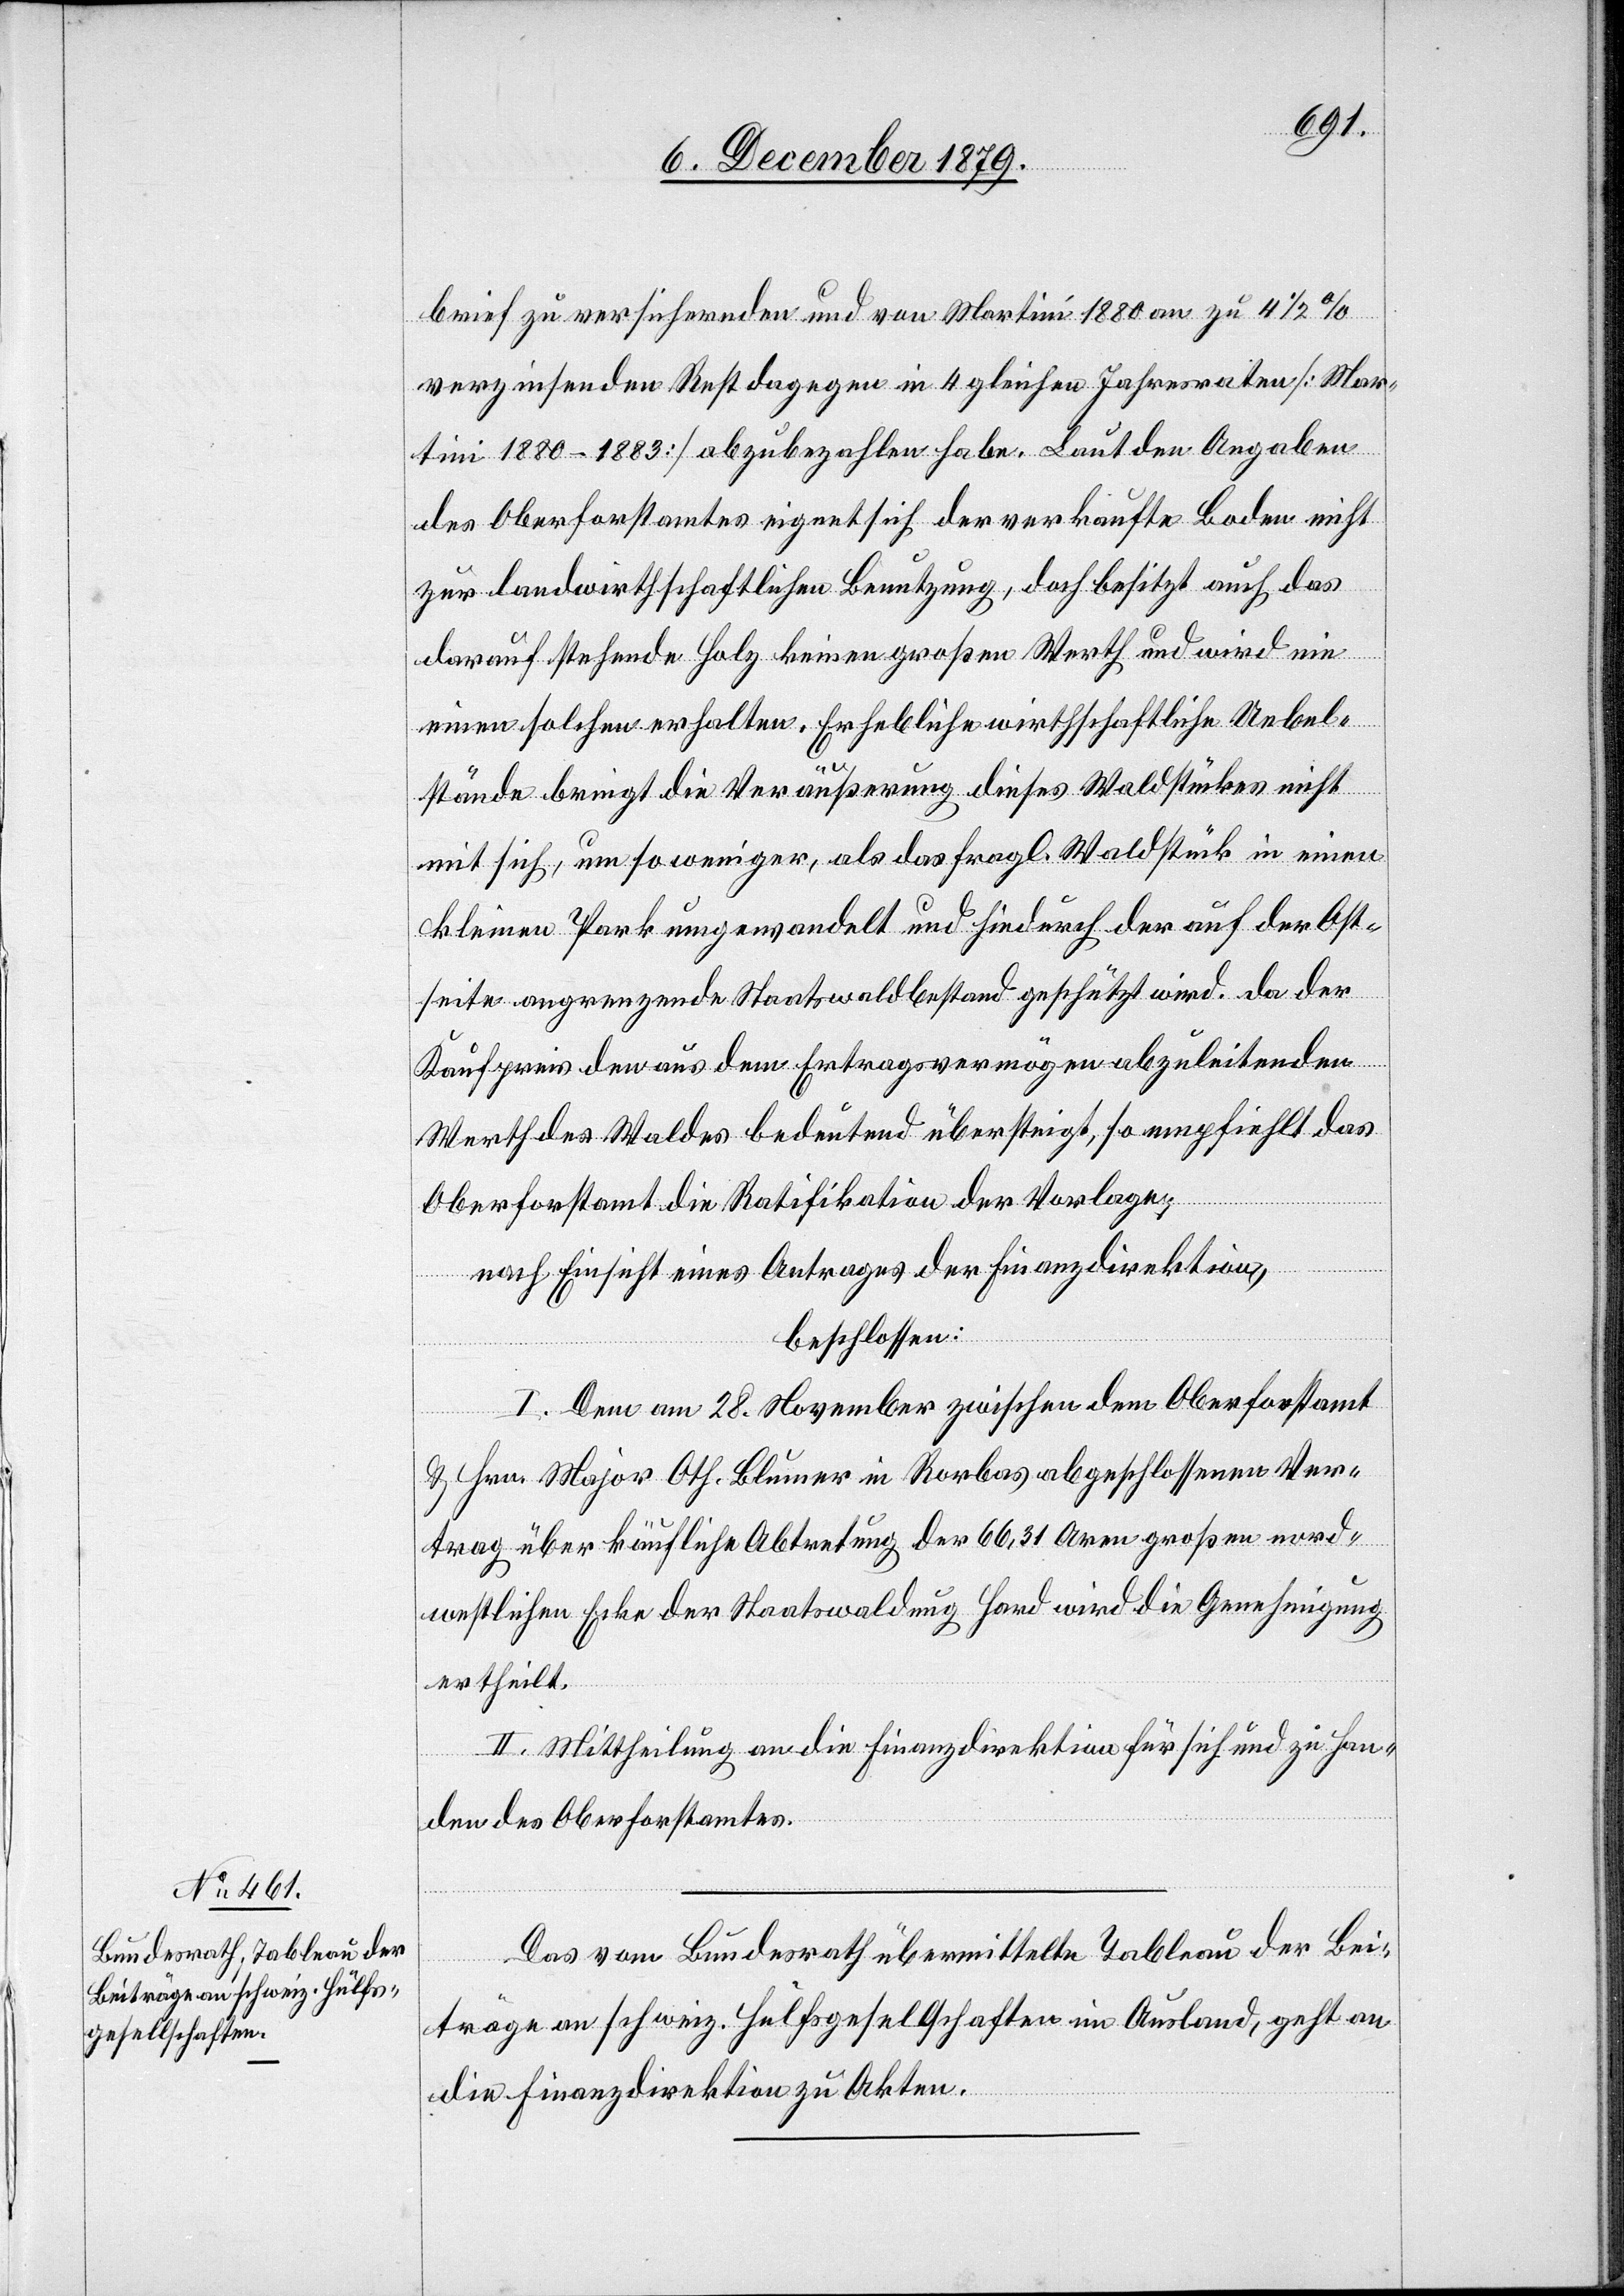
brief zu versichernden und von Martini 1880 an zu 4 1/2%
verzinsenden Rest dagegen in 4 gleichen Jahresraten [Mar¬
tini 1880–1883] abzubezahlen habe. Laut den Angaben
des Oberforstamtes eignet sich der verkaufte Boden nicht
zur landwirthschaftlichen Benutzung, doch besitzt auch das
darauf stehende Holz keinen großen Werth und wird nie
einen solchen erhalten. Erhebliche wirthschaftliche Uebel¬
stände bringt die Veräußerung dieses Waldstückes nicht
mit sich, umso weniger, als das fragl. Waldstück in einen
kleinen Park umgewandelt und hiedurch der auf der Ost¬
seite angrenzende Staatswaldbestand geschützt wird. Da der
Kaufpreis den aus dem Ertragsvermögen abzuleitenden
Werth des Waldes bedeutend übersteigt, so empfiehlt das
Oberfrostamt die Ratifikation der Vorlage.
nach Einsicht eines Antrages der Finanzdirektion,
beschlossen:
I. Dem am 28. November zwischen dem Oberforstamt
& Hrn. Major Oth. Blumer in Rorbas abgeschlossenen Ver¬
trag über käufliche Abtretung der 66,31 Aren großen nord¬
westlichen Ecke der Staatswaldung Hard wird die Genehmigung
ertheilt.
II. Mittheilung an die Finanzdirektion für sich und zu Han¬
den des Oberforstamtes.
Das vom Bundesrath übermittelte Tableau der Bei¬
träge an schweiz. Hülfsgesellschaften im Ausland, geht an
die Finanzdirektion zu Akten.